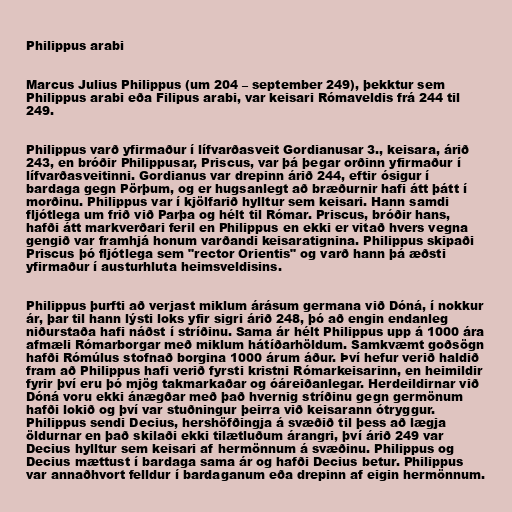
Philippus arabi

Marcus Julius Philippus (um 204 – september 249), þekktur sem
Philippus arabi eða Filipus arabi, var keisari Rómaveldis frá 244 til
249.

Philippus varð yfirmaður í lífvarðasveit Gordianusar 3., keisara, árið
243, en bróðir Philippusar, Priscus, var þá þegar orðinn yfirmaður í
lífvarðasveitinni. Gordianus var drepinn árið 244, eftir ósigur í
bardaga gegn Pörþum, og er hugsanlegt að bræðurnir hafi átt þátt í
morðinu. Philippus var í kjölfarið hylltur sem keisari. Hann samdi
fljótlega um frið við Parþa og hélt til Rómar. Priscus, bróðir hans,
hafði átt markverðari feril en Philippus en ekki er vitað hvers vegna
gengið var framhjá honum varðandi keisaratignina. Philippus skipaði
Priscus þó fljótlega sem "rector Orientis" og varð hann þá æðsti
yfirmaður í austurhluta heimsveldisins.

Philippus þurfti að verjast miklum árásum germana við Dóná, í nokkur
ár, þar til hann lýsti loks yfir sigri árið 248, þó að engin endanleg
niðurstaða hafi náðst í stríðinu. Sama ár hélt Philippus upp á 1000 ára
afmæli Rómarborgar með miklum hátíðarhöldum. Samkvæmt goðsögn
hafði Rómúlus stofnað borgina 1000 árum áður. Því hefur verið haldið
fram að Philippus hafi verið fyrsti kristni Rómarkeisarinn, en heimildir
fyrir því eru þó mjög takmarkaðar og óáreiðanlegar. Herdeildirnar við
Dóná voru ekki ánægðar með það hvernig stríðinu gegn germönum
hafði lokið og því var stuðningur þeirra við keisarann ótryggur.
Philippus sendi Decius, hershöfðingja á svæðið til þess að lægja
öldurnar en það skilaði ekki tilætluðum árangri, því árið 249 var
Decius hylltur sem keisari af hermönnum á svæðinu. Philippus og
Decius mættust í bardaga sama ár og hafði Decius betur. Philippus
var annaðhvort felldur í bardaganum eða drepinn af eigin hermönnum.